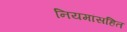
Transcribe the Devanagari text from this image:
नियमांसहित